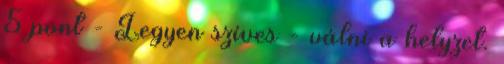
5 pont - Legyen szíves - válni a helyzet.